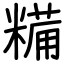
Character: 糒